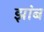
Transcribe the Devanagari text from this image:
झांब